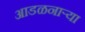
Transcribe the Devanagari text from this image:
आडळनाऱ्या